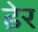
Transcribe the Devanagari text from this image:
ढे़र